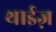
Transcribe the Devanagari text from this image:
थाईज़